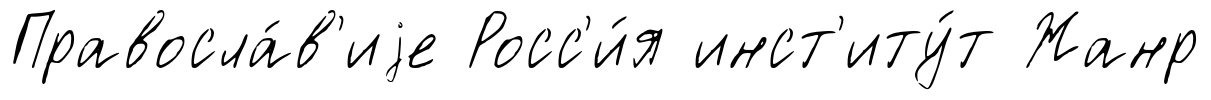
Правосла́в'иjе Росс'и́я инст'иту́т Жанр